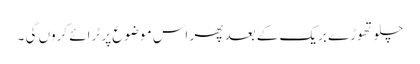
چلو تھوڑے بریک کے بعد پھر اس موضوع پر ٹرائے کروں گی ۔